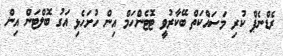
ރެޑްނެޕް ކުރި މަސައްކަތް ބޭކާރުވީ ޓޮޓެންހަމް އިން ހުށަހެޅި އަގު ބޮލްޓަން އިން